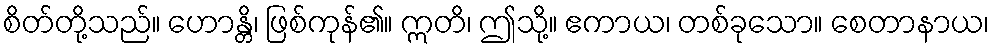
စိတ်တို့သည်။ ဟောန္တိ၊ ဖြစ်ကုန်၏။ ဣတိ၊ ဤသို့။ ဧကာယ၊ တစ်ခုသော။ စေတာနာယ၊